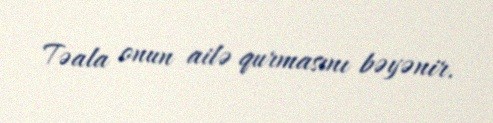
Təala onun ailə qurmasını bəyənir.